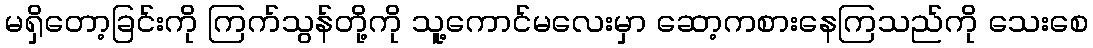
မရှိတော့ခြင်းကို ကြက်သွန်တို့ကို သူ့ကောင်မလေးမှာ ဆော့ကစားနေကြသည်ကို သေးစေ